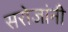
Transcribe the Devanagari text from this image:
सरोजांनी